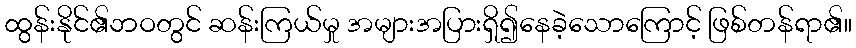
ထွန်းနိုင်၏ဘဝတွင် ဆန်းကြယ်မှု အများအပြားရှိ၍နေခဲ့သောကြောင့် ဖြစ်တန်ရာ၏။